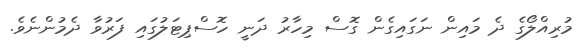
މުރިއްލޯގެ ދެ މައިން ނަގައިގެން ގޮސް މިހާރު ދަނީ ހޮސްޕިޓަލުގައި ފަރުވާ ދެމުންނެވެ.